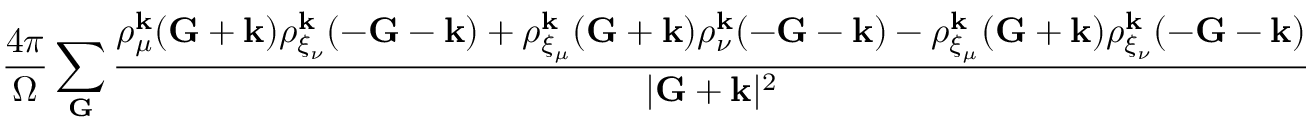
\frac { 4 \pi } { \Omega } \sum _ { \mathbf { G } } \frac { \rho _ { \mu } ^ { \mathbf { k } } ( \mathbf { G } + \mathbf { k } ) \rho _ { \xi _ { \nu } } ^ { \mathbf { k } } ( - \mathbf { G } - \mathbf { k } ) + \rho _ { \xi _ { \mu } } ^ { \mathbf { k } } ( \mathbf { G } + \mathbf { k } ) \rho _ { \nu } ^ { \mathbf { k } } ( - \mathbf { G } - \mathbf { k } ) - \rho _ { \xi _ { \mu } } ^ { \mathbf { k } } ( \mathbf { G } + \mathbf { k } ) \rho _ { \xi _ { \nu } } ^ { \mathbf { k } } ( - \mathbf { G } - \mathbf { k } ) } { | \mathbf { G } + \mathbf { k } | ^ { 2 } }